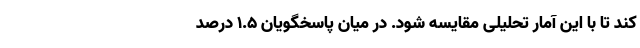
کند تا با این آمار تحلیلی مقایسه‌ شود. در میان پاسخگویان ۱.۵ درصد